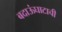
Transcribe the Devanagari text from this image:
बदाऊंघाटाची